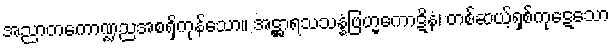
အညာတကောဏ္ဍညအစရှိကုန်သော။ အဋ္ဌာရသသန္နံဗြဟ္မကောဋိနံ၊ တစ်ဆယ့်ရှစ်ကုဋေသော